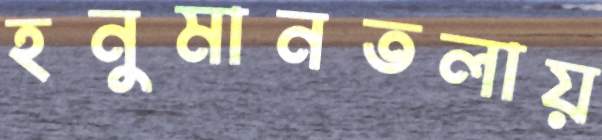
হনুমানতলায়